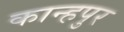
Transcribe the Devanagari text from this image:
कान्हपुर